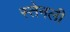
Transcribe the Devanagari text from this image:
स्तेनली